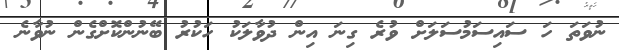
ނުވަތަ ހަ ސައިސަމުސަލަށް ވުރެ ގިނަ އިން ދުވާލަކު ހަކުރު ބޭނުންކޮށްގެން ނުވާނެ